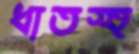
ধাতস্হ